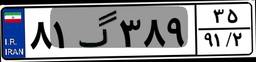
۸۱گ۳۸۹۳۵